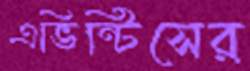
এভিন্টিসের